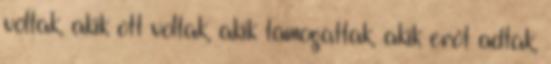
voltak, akik ott voltak, akik támogattak, akik erőt adtak,